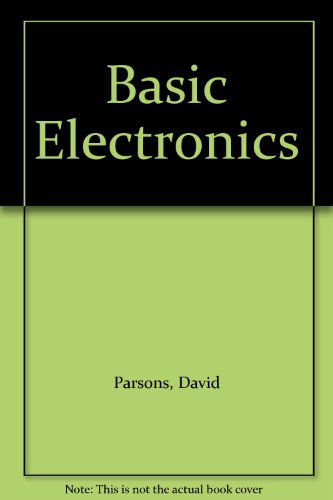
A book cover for Basic Electronics; David Parsons; Children's Books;